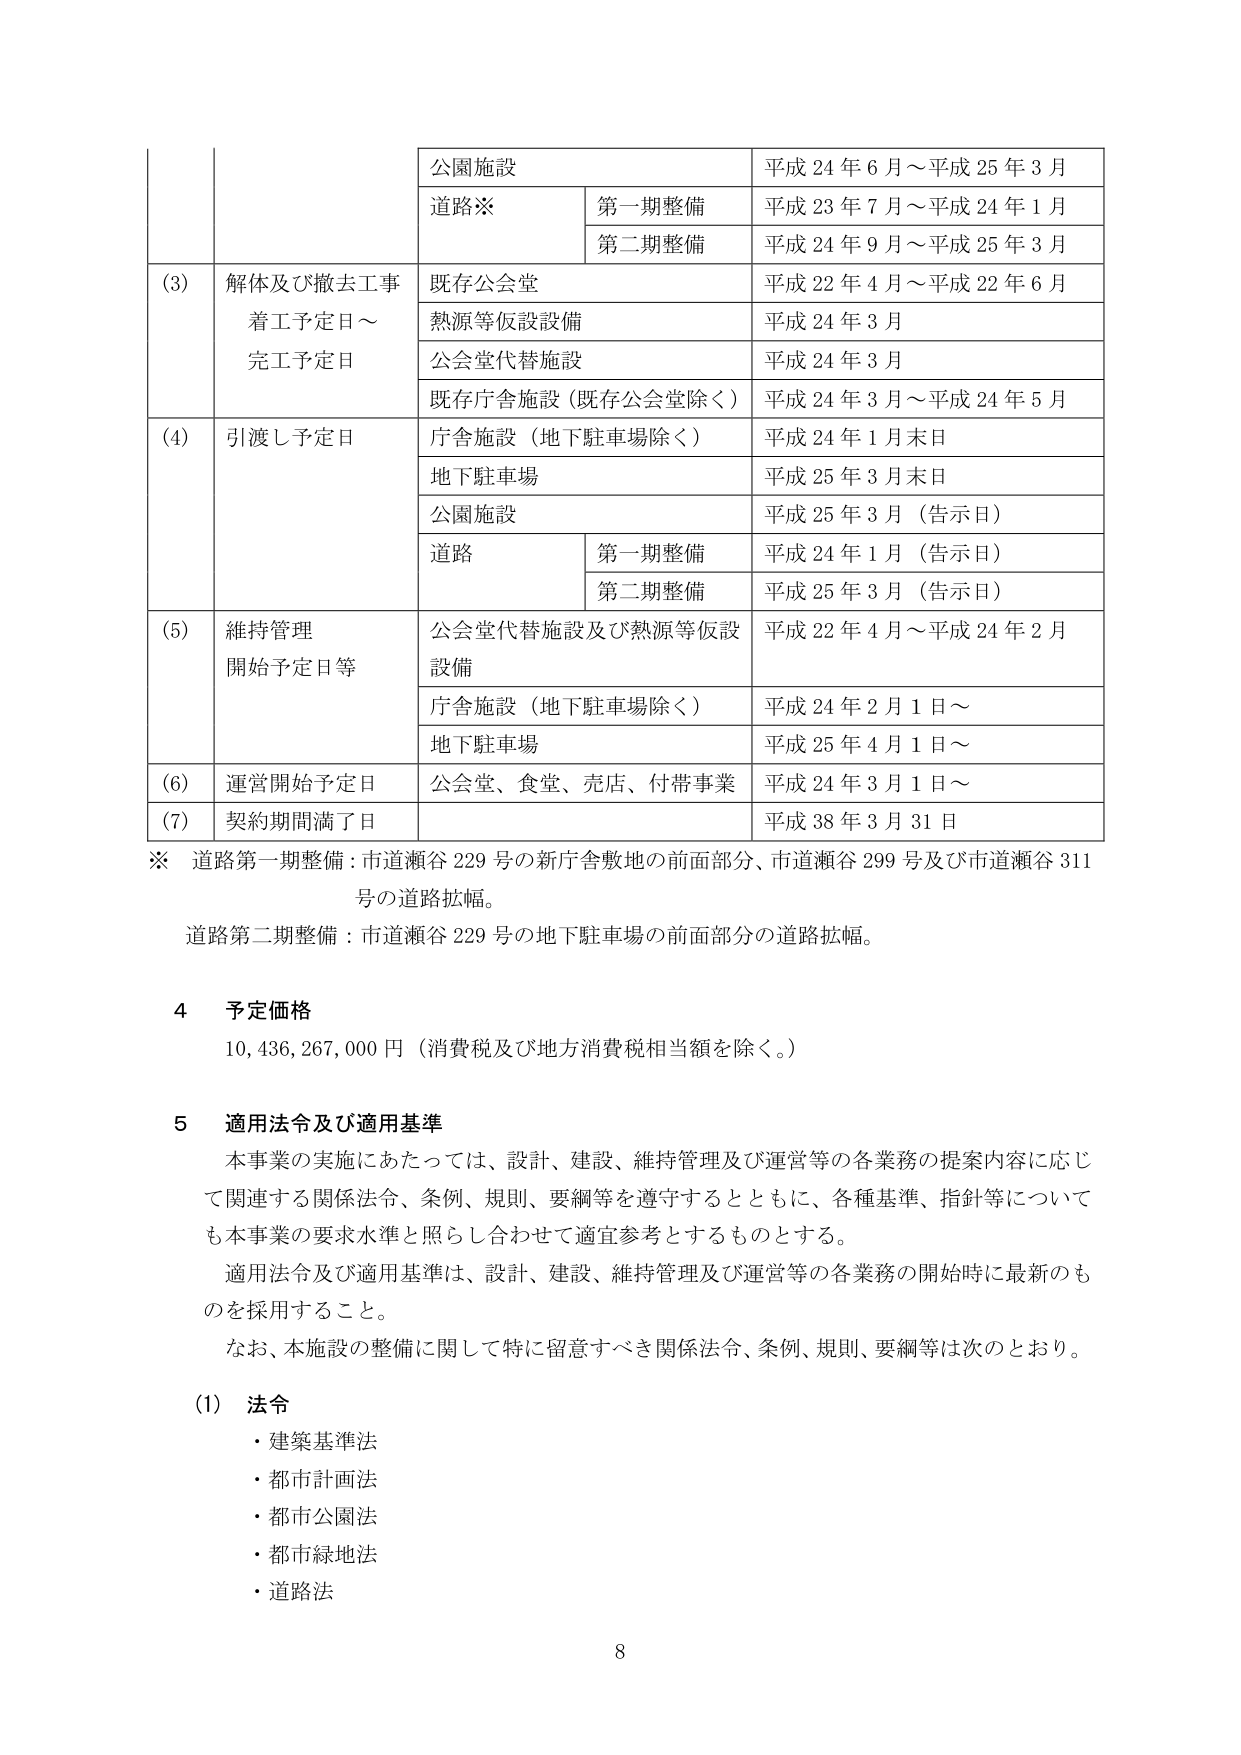
公園施設 平成24年6月～平成25年3月
道路※ 第一期整備 平成23年7月～平成24年1月
第二期整備 平成24年9月～平成25年3月
(3) 解体及び撤去工事 着工予定日～ 完工予定日 既存公会堂 平成22年4月～平成22年6月
熱源等仮設設備 平成24年3月
公会堂代替施設 平成24年3月
既存庁舎施設（既存公会堂除く） 平成24年3月～平成24年5月
(4) 引渡し予定日 庁舎施設（地下駐車場除く） 平成24年1月末日
地下駐車場 平成25年3月末日
公園施設 平成25年3月（告示日）
道路 第一期整備 平成24年1月（告示日）
第二期整備 平成25年3月（告示日）
(5) 維持管理 開始予定日等 公会堂代替施設及び熱源等仮設 設備 平成22年4月～平成24年2月
庁舎施設（地下駐車場除く） 平成24年2月1日～
地下駐車場 平成25年4月1日～
(6) 運営開始予定日 公会堂、食堂、売店、付帯事業 平成24年3月1日～
(7) 契約期間満了日 平成38年3月31日
※ 道路第一期整備：市道瀬谷229号の新庁舎敷地の前面部分、市道瀬谷299号及び市道瀬谷311号の道路拡幅。
道路第二期整備：市道瀬谷229号の地下駐車場の前面部分の道路拡幅。
4 予定価格
10,436,267,000円（消費税及び地方消費税相当額を除く。）
5 適用法令及び適用基準
本事業の実施にあたっては、設計、建設、維持管理及び運営等の各業務の提案内容に応じて関連する関係法令、条例、規則、要綱等を遵守するとともに、各種基準、指針等についても本事業の要求水準と照らし合わせて適宜参考とするものとする。
適用法令及び適用基準は、設計、建設、維持管理及び運営等の各業務の開始時に最新のものを採用すること。
なお、本施設の整備に関して特に留意すべき関係法令、条例、規則、要綱等は次のとおり。
(1) 法令
・建築基準法
・都市計画法
・都市公園法
・都市緑地法
・道路法
8